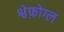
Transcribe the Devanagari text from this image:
श्वेफ़ोग्ल